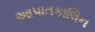
આપાતકાલિન